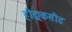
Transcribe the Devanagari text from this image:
हीड्राकसीड